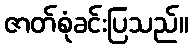
ဇာတ်စုံခင်းပြသည်။